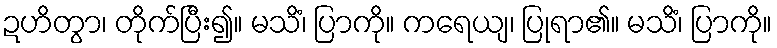
ဍဟိတွာ၊ တိုက်ပြီး၍။ မသိံ၊ ပြာကို။ ကရေယျ၊ ပြုရာ၏။ မသိံ၊ ပြာကို။